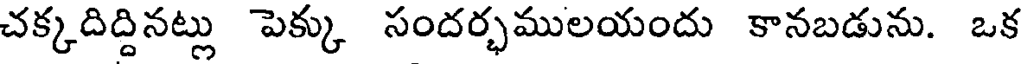
చక్కదిద్దినట్లు పెక్కు సందర్భములయందు కానబడును. ఒక